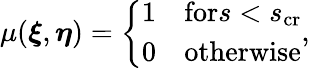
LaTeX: \mu(\boldsymbol{\xi},\boldsymbol{\eta})=\left\{ \begin{array}{ll}{1}&{\textup{for}s<s_{\textup{cr}}}\\ {0}&{\textup{otherwise}}\end{array}\right.,